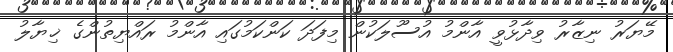
މޭޔަރު ނިޒާރު ވިދާޅުވީ އާންމު އުސޫލަކުން މިފަދަ ކަންކަމުގައި އާންމު ރައްޔިތުންގެ ޚިޔާލު